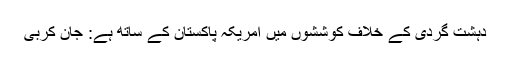
دہشت گردی کے خلاف کوششوں میں امریکہ پاکستان کے ساتھ ہے: جان کربی